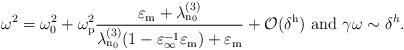
LaTeX: \begin{align*}\omega^2 = \omega_0^2 + \omega_\mathrm{p}^2\dfrac{\varepsilon_\mathrm{m}+\lambda_\mathrm{n_0}^{(3)}}{\lambda_\mathrm{n_0}^{(3)}(1-\varepsilon_\infty^{-1}\varepsilon_\mathrm{m})+\varepsilon_\mathrm{m}} + \mathcal{O}(\delta^\mathrm{h}) \mbox{ and } \gamma\omega \sim \delta^h.\end{align*}